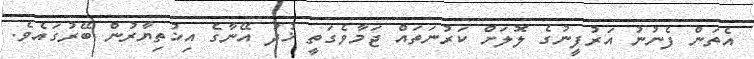
އެތަން ފެނުނު އަރުފީނުގެ ލޮލަށް ކަރުނަތައް ޖަމާވެގަތީ ޚުދު އޭނާގެ އިޚުތިޔާރުން ބޭރުގައެވެ.